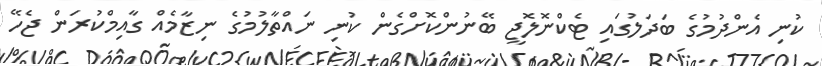
ކުނި އެންދުމުގެ ބަދަލުގައި ޓެކްނޮލޮޖީ ބޭނުންކޮށްގެން ކުނި ނައްތާލުމުގެ ނިޒާމެއް ގާއިމްކުރަން ޖެހޭ